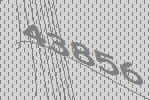
43856